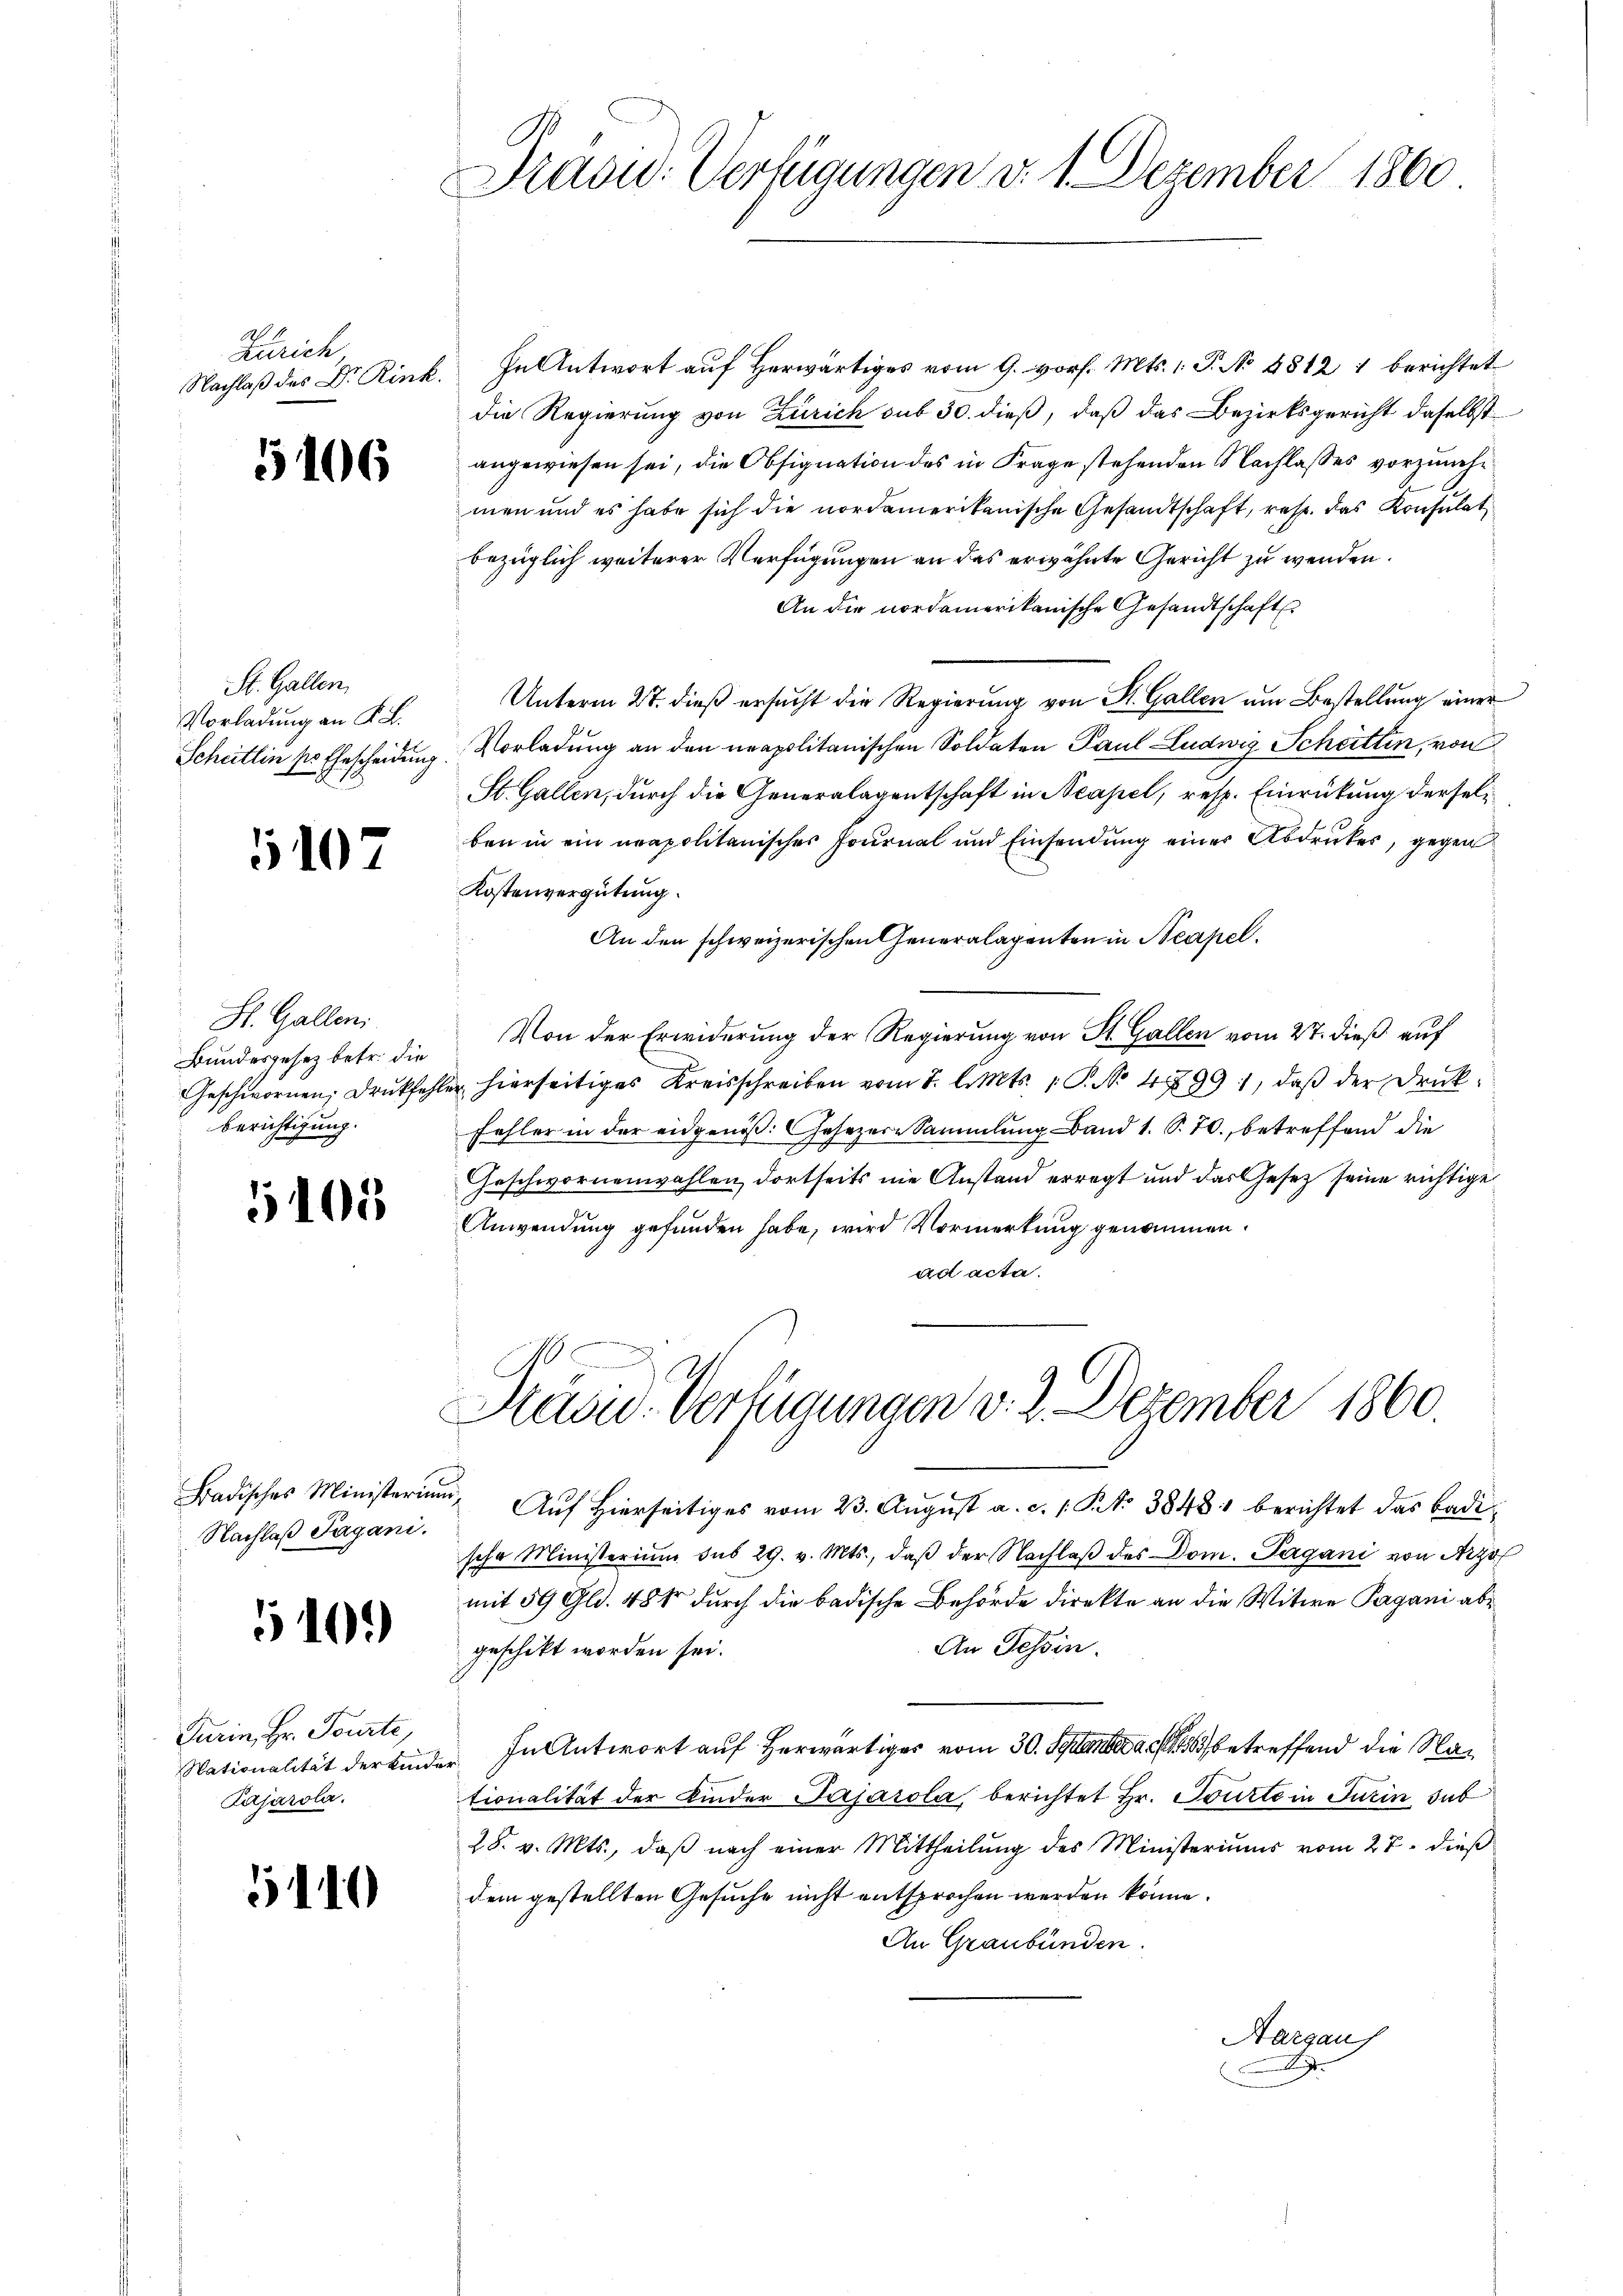
Zürich,

5106

St. Gallen,
Vorladung an K. B.

107

St. Gallen
Bundesgesetz betr. die
berichtigung.

5105

Nachlaß Jagani.

5101)

Turin, Hr. Tourte,
Nationalität der Kun¬
Pajarola.

110

Präsid. Verfügungen d. 1. Dezember 1860

Nachlaß des Dr. Rink. In Antwort auf Herwärtiges vom 9. vor. Mts. 1. P. No 4812 1 berichtet
die Regierung von Zürich sub 30. dieß, daß das Bezirksgericht daselbst
angewiesen sei, die Obsignation des in Frage stehenden Nachlasses vorzunehmen und es habe sich die nordamerikanische Gesandtschaft, resp. das Konsulat
bezüglich weiterer Verfügungen an das erwähnte Gericht zu werden.
An die nordamerikanische Gesandtschaft
Unterm 27. dieß ersucht die Regierung von St. Gallen um Bestellung einer
Scheitlin so Ehescheidung. Vorladung an den neapolitanischen Soldaten Paul Ludwig Schritten, von
St. Gallen, durch die Generalagentschaft in Neapel, resp. Einrückung derselben in ein neapolitanischer Journal und Einsendung einer Abdruckes, gegen
Kostenvergütung.
An den schweizerischen Generalagenten in Neapel.
Von der Erwiderung der Regierung von St. Gallen vom 27. dieß auf
Geschwornen; drŭkfehler hierseitiges Kreisschreiben vom 2. l. Mts. 1. P. No 47991, daβ der Druck-
Fehler in der eidgenöß: Gesezere Sammlung Band 1. S. 70. betreffend die
Geschwornenwahlen dortseits nie Anstand erregt und das Gesetz seine richtige
Anwendung gefunden habe, wird Vormerkung genommen.
ad acta.
Havid-Verfügungen v. 2. Dezember 1860.
Badisches Ministerŭm Aŭf Hierseitiges vom 23. Aŭgŭst a. c. 1 S. 3848 berichtet das Bade-
sche Ministerium des 29. v. Mts., daβ der Nachlaβ des Dom. Pagani von Arz
mit 59 Gld. 488 durch die badische Behörde direkte an die Witwe Pagani ab¬
An Tessin.
geschickt worden sei.
 In Antwort auf herwärtiges vom 30. September a. 1886 betreffend die Nationalität der Kinder Pasarola berichtet Hr. Tourte in Turin sub
28. v. Mts., daβ nach einer Mittheilŭng des Ministeriums vom 27. dieβ
dem gestellten Gesuche nicht entsprochen werden könne.
An Graubünden.
Aargauf